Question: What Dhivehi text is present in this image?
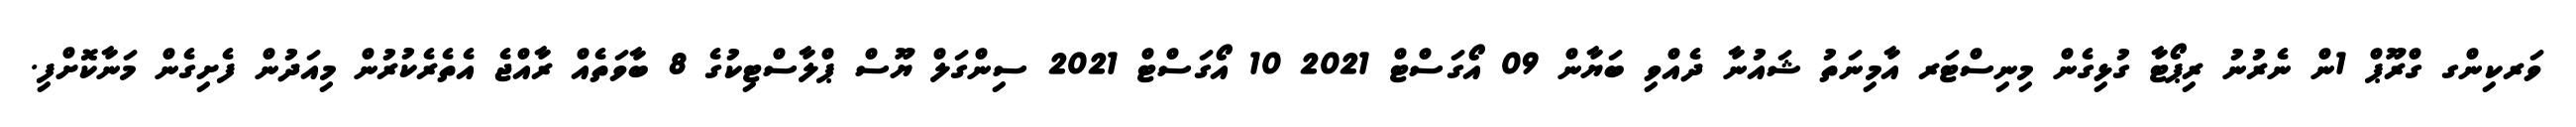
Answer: ވަރކިންގ ގްރޫޕް 1ން ނެރުނު ރިޕޯޓާ ގުޅިގެން މިނިސްޓަރ އާމިނަތު ޝައުނާ ދެއްވި ބަޔާން 09 އޯގަސްޓް 2021 10 އޯގަސްޓް 2021 ސިންގަލް ޔޫސް ޕްލާސްޓިކުގެ 8 ބާވަތެއް ރާއްޖެ އެތެރެކުރުން މިއަދުން ފެށިގެން މަނާކޮށްފި.